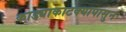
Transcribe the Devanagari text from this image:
काड्याकाटक्यापासुन